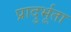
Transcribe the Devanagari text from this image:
प्रादुर्भूता